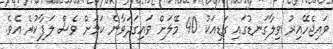
ވައިޖެހޭއިރު ވިލާގަނޑުގައި ގަޑިއަކު 40 މޭލަށް ވައިގަދަވާނެ ކަމަށް ވެސް ލަފާކުރެ އެވެ.